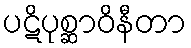
ပဋိပုစ္ဆာဝိနီတာ